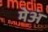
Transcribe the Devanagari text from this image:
मेअं